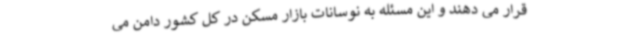
قرار می دهند و این مسئله به نوسانات بازار مسکن در کل کشور دامن می